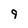
Character: 9